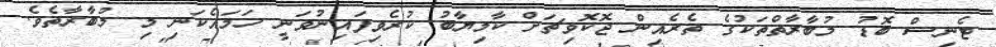
ޓެނިސް ބޮޑު މުބާރާތްތަކުގެ ތެރެއިން ޖޮކޮވިޗަށް ކާމިޔާބު ކުރެވިފައިނުވަނީ ހަމައެކަނި މި މުބާރާތެވެ.